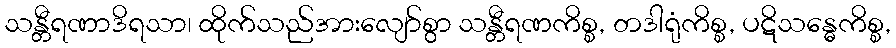
သန္တီရဏာဒိရသာ၊ ထိုက်သည်အားလျော်စွာ သန္တီရဏကိစ္စ, တဒါရုံကိစ္စ, ပဋိသန္ဓေကိစ္စ,